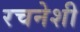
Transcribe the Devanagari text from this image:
रचनेशी